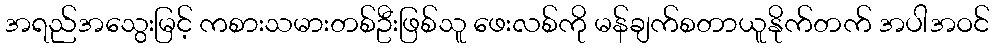
အရည်အသွေးမြင့် ကစားသမားတစ်ဦးဖြစ်သူ ဖေးလစ်ကို မန်ချက်စတာယူနိုက်တက် အပါအဝင်